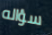
سؤاله